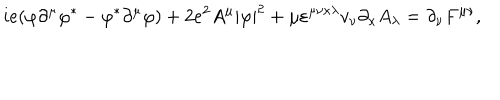
LaTeX: i e ( \varphi \partial ^ { \mu } \varphi ^ { \ast } - \varphi ^ { \ast } \partial ^ { \mu } \varphi ) + 2 e ^ { 2 } A ^ { \mu } | \varphi | ^ { 2 } + \mu \varepsilon ^ { \mu \nu \kappa \lambda } v _ { \nu } \partial _ { \kappa } A _ { \lambda } = \partial _ { \nu } F ^ { \mu \nu } ,